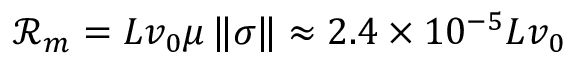
\mathcal { R } _ { m } = L v _ { 0 } \mu \, \| \sigma \| \approx 2 . 4 \times 1 0 ^ { - 5 } L v _ { 0 }